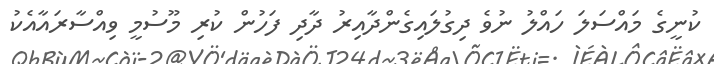
ކުނީގެ މައްސަލަ ހައްލު ނުވެ ދިގުލައިގެންދާއިރު ދާދި ފަހުން ކުރި މޫސުމީ ވިއްސާރައާއެކު